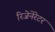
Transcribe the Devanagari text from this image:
रिजेनेरेटर